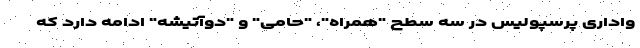
واداری پرسپولیس در سه سطح "همراه"، "حامی" و "دوآتیشه" ادامه دارد که